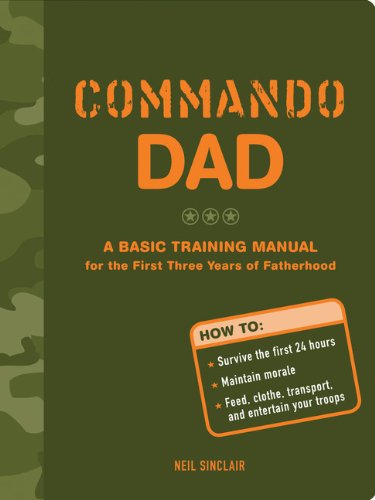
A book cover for Commando Dad: A Basic Training Manual for the First Three Years of Fatherhood; Neil Sinclair; Humor & Entertainment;